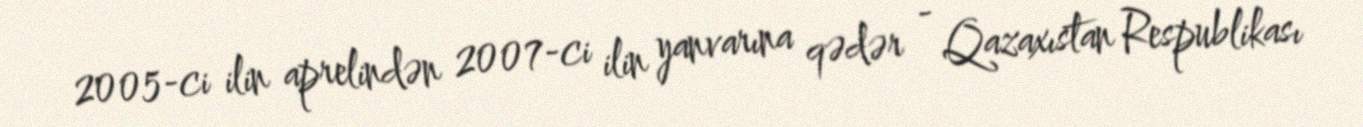
2005-ci ilin aprelindən 2007-ci ilin yanvarına qədər - Qazaxıstan Respublikası